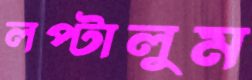
লপ্‌টালুম